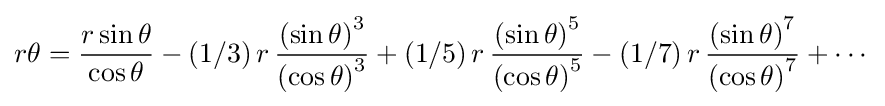
r\theta ={\frac {r\sin \theta }{\cos \theta }}-(1/3)\,r\,{\frac {\left(\sin \theta \right)^{3}}{\left(\cos \theta \right)^{3}}}+(1/5)\,r\,{\frac {\left(\sin \theta \right)^{5}}{\left(\cos \theta \right)^{5}}}-(1/7)\,r\,{\frac {\left(\sin \theta \right)^{7}}{\left(\cos \theta \right)^{7}}}+\cdots